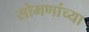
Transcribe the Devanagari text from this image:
सोमणांच्या